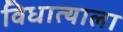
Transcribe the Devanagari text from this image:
विधात्याला